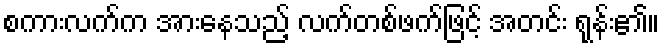
စကားလက်က အားနေသည့် လက်တစ်ဖက်ဖြင့် အတင်း ရုန်း၏။